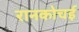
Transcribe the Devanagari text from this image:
रानकोचई